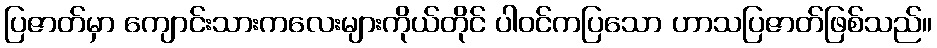
ပြဇာတ်မှာ ကျောင်းသားကလေးများကိုယ်တိုင် ပါဝင်ကပြသော ဟာသပြဇာတ်ဖြစ်သည်။